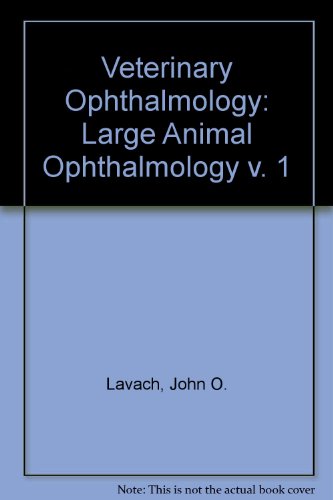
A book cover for Large Animal Ophthalmology; John D. Lavach; Medical Books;